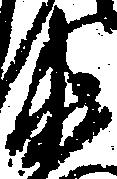
衛